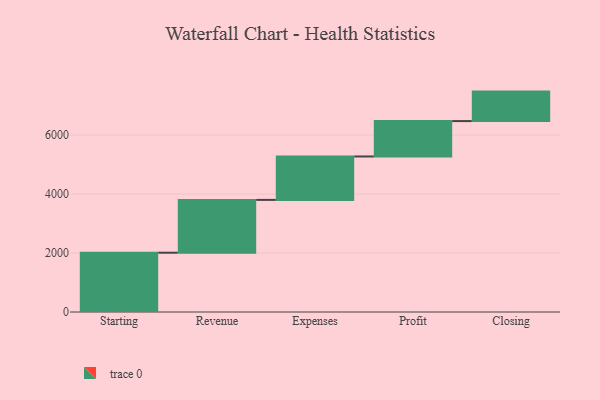
{"axis": {"x": "Step", "y": "Value"}, "legend": [""], "data": [{"x": "Starting", "y": 2011.0, "type": ""}, {"x": "Revenue", "y": 1791.0, "type": ""}, {"x": "Expenses", "y": 1473.0, "type": ""}, {"x": "Profit", "y": 1200.0, "type": ""}, {"x": "Closing", "y": 1000, "type": ""}]}